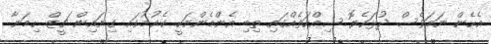
އެހެން ނަމަވެސް ދުޅަހެޔޮ ސިއްހަތެއްގައި ތިބި އެންމެންނަކީ ކެއުމުގައި ގިނައިން ޗީޒް ހިމަނާ